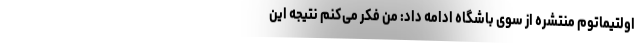
اولتیماتوم منتشره از سوی باشگاه ادامه داد: من فکر می‌کنم نتیجه این